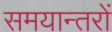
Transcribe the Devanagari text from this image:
समयान्तरों